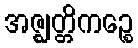
အဇ္ဈတ္တိကဉ္စေ